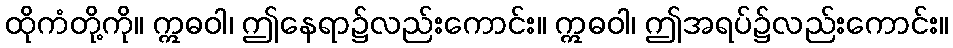
ထိုကံတို့ကို။ ဣဓဝါ၊ ဤနေရာ၌လည်းကောင်း။ ဣဓဝါ၊ ဤအရပ်၌လည်းကောင်း။